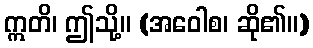
ဣတိ၊ ဤသို့။ (အဝေါစ၊ ဆို၏။)